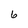
Character: 6